Maemoisa_(Sinalepa)_vallavalitsus, lk 23
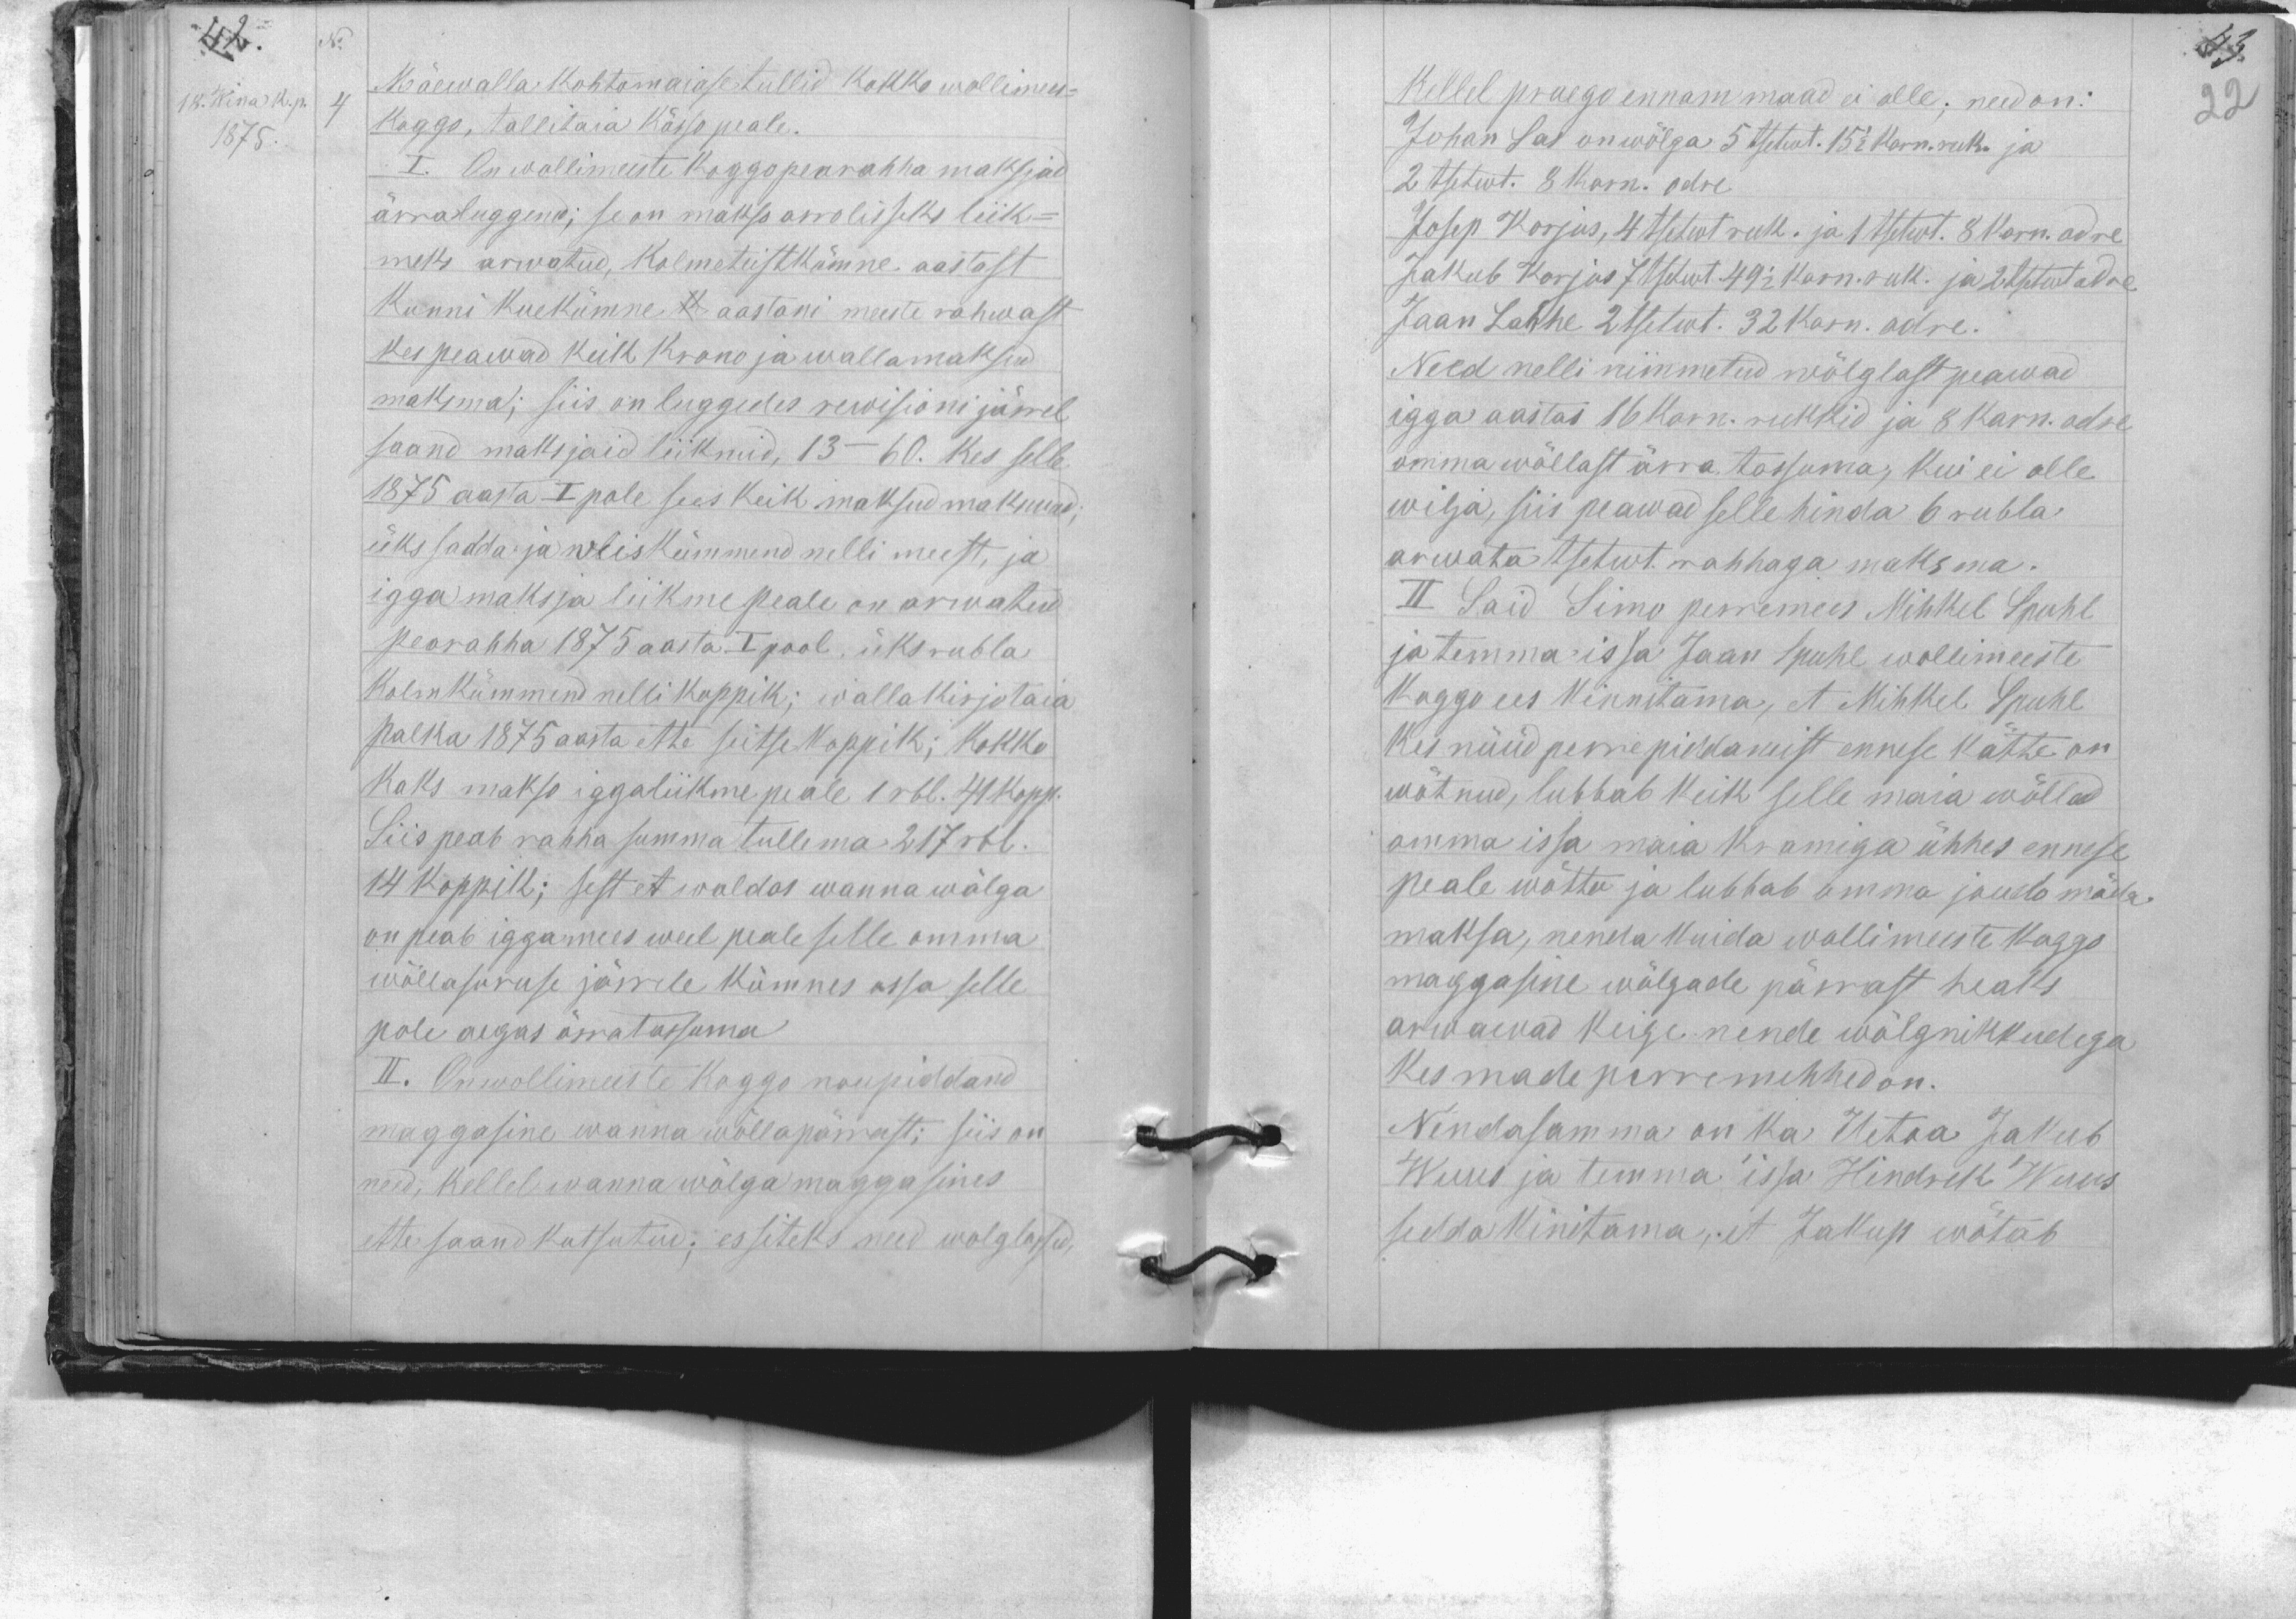
No
18. Wina k. p.
Mäewalla kohtomaiase tullid kokko wollimees-
1875.
koggo, tallitaia kässo peale.
I. On wollimeeste koggo pearahha maksjad
ärraluggend; se on makss arrolisseks liik-
meks arwatud, kolmeteistkümne aastast
kunni kuekümne k aastani meeste rahwast
kes peawad keik krono ja wallamaksud
maksma; siis on luggedes rewisioni järrel
saand maksjaid liikmid, 13 - 60. kes selle
1875 aasta I pole sees keik maksud maksnud,
üks sadda ja wiiskümmend nelli meest, ja
igga maksja liikme peale on arwatud
pearahha 1875 aasta I pool, üks rubla
kolmkümmend nelli koppik; wallakirjotaia
palka 1875 aasta ette seitse koppik; kokko
kaks makso iggaliikme peale 1 rbl. 41 kopp.
Siis peab rahha summa tullema 217 rbl.
14 koppik; sest et waldas wanna wõlga
on peab iggamees weel peale selle omma
wõllasuruse järrele kümnes ossa selle
pole aegas ärra tassuma
II. On wollimeeste koggo noupiddand
maggasine wanna wõllapärrast; siis on
neid, kellel wanna wõlga maggasines
ette saand kutsutud; essiteks need wolglased,

Kellel praego ennam maad ei olle, need on:
Johan Sas on wõlga 5 tsetwt. 15 1/2 karn. ruk. ja
2 tsetwt. 8 karn. odre
Josep Korjus, 4 tsetwt ruk. ja 1 tsetwt. 8 karn. odre,
Jakub Korjus 7 tsetwt 49 1/2 karn. ruk. ja 2 tsetwt odre
Jaan Lahhe 2 tsetwt. 32 karn. odre.
Need nelli nimmetud wõlglast peawad
igga aastas 16 karn. rukkid ja 8 karn. odre
omma wõllast ärra tassuma, kui ei olle
wilja, siis peawad selle hinda 6 rubla
arwata tsetwt rahhaga maksma.
II Said Simo perremees Mihkel Spuhl
ja temma issa Jaan Spuhl wollimeeste
koggo ees kinnitama, et Mihkel Spuhl
kes nüüd perrepiddamist ennese kätte on
wõtnud, lubbab keik selle maia wõllad
omma issa maia kramiga ühhes ennese
peale wõtta ja lubbab omma jõudu möda
maksa, nenda kuida wollimeeste koggo
maggasine wõlgade pärrast heaks
arwawad keige nende wõlgnikkudega
kes made perremehhed on.
Nendasamma on ka Uetoa Jakub
Wuus ja temma issa Hindrek Wuus
sedda kinitama, et Jakup wõtab